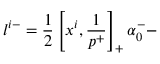
l ^ { i - } = \frac { 1 } { 2 } \left[ x ^ { i } , \frac { 1 } { p ^ { + } } \right] _ { + } \alpha _ { 0 } ^ { - } -